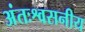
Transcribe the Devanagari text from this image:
अंतःश्वसनीय